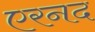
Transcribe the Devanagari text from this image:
एरनद